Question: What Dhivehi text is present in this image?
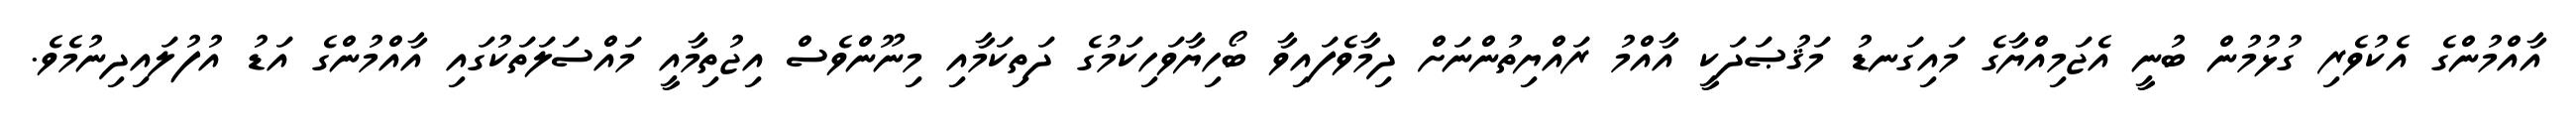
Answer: އާއްމުންގެ އެކުވެރި ގުޅުމުން ބުނީ އެޖަމިއްޔާގެ މައިގަނޑު މަޤުޞަދަކީ އާއްމު ރައްޔިތުންނަށް ދިމާވެފައިވާ ބޯހިޔާވަހިކަމުގެ ދަތިކަމާއި މިނޫންވެސް އިޖުތިމާއީ މައްސަލަތަކުގައި އާއްމުންގެ އަޑު އުފުލައިދިނުމެވެ.